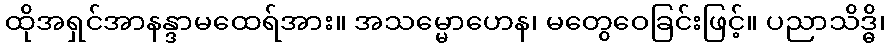
ထိုအရှင်အာနန္ဒာမထေရ်အား။ အသမ္မောဟေန၊ မတွေဝေခြင်းဖြင့်။ ပညာသိဒ္ဓိ၊